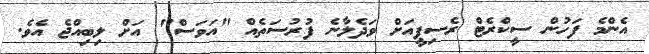
އެންމެ ފަހުން ސީކްރެޓް ރެސިޕީއަށް ވަދެލާނެ ފުރުސަތެއް "އަވަސް" އަށް ލިބިއްޖެ އެވެ.